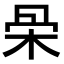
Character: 𣑍